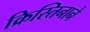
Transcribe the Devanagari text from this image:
क्रिस्तिनाने